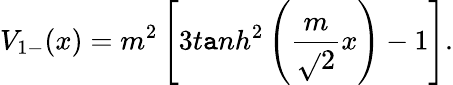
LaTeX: V_{1-}(x)=m^{2}\left[3t\mathtt{a}nh^{2}\left(\frac{{m}}{{\sqrt{}{{2}}}}x\right)-1\right].